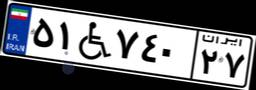
۵۱W۷۴۰۲۷